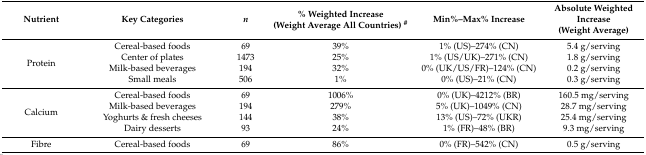
| Nutrient | Key Categories | n | % Weighted Increase (Weight Average All Countries) # | Min%–Max% Increase | Absolute Weighted Increase (Weight Average) |
 | --- | --- | --- | --- | --- | --- |
 | <ROWSPAN=4> Protein | Cereal-based foods | 69 | 39% | 1% (US)–274% (CN) | 5.4 g/serving |
 | Center of plates | 1473 | 25% | 1% (US/UK)–271% (CN) | 1.8 g/serving |
 | Milk-based beverages | 194 | 32% | 0% (UK/US/FR)–124% (CN) | 0.2 g/serving |
 | Small meals | 506 | 1% | 0% (US)–21% (CN) | 0.3 g/serving |
 | <ROWSPAN=4> Calcium | Cereal-based foods | 69 | 1006% | 0% (UK)–4212% (BR) | 160.5 mg/serving |
 | Milk-based beverages | 194 | 279% | 5% (UK)–1049% (CN) | 28.7 mg/serving |
 | Yoghurts & fresh cheeses | 144 | 38% | 13% (US)–72% (UKR) | 25.4 mg/serving |
 | Dairy desserts | 93 | 24% | 1% (FR)–48% (BR) | 9.3 mg/serving |
 | Fibre | Cereal-based foods | 69 | 86% | 0% (FR)–542% (CN) | 0.5 g/serving |